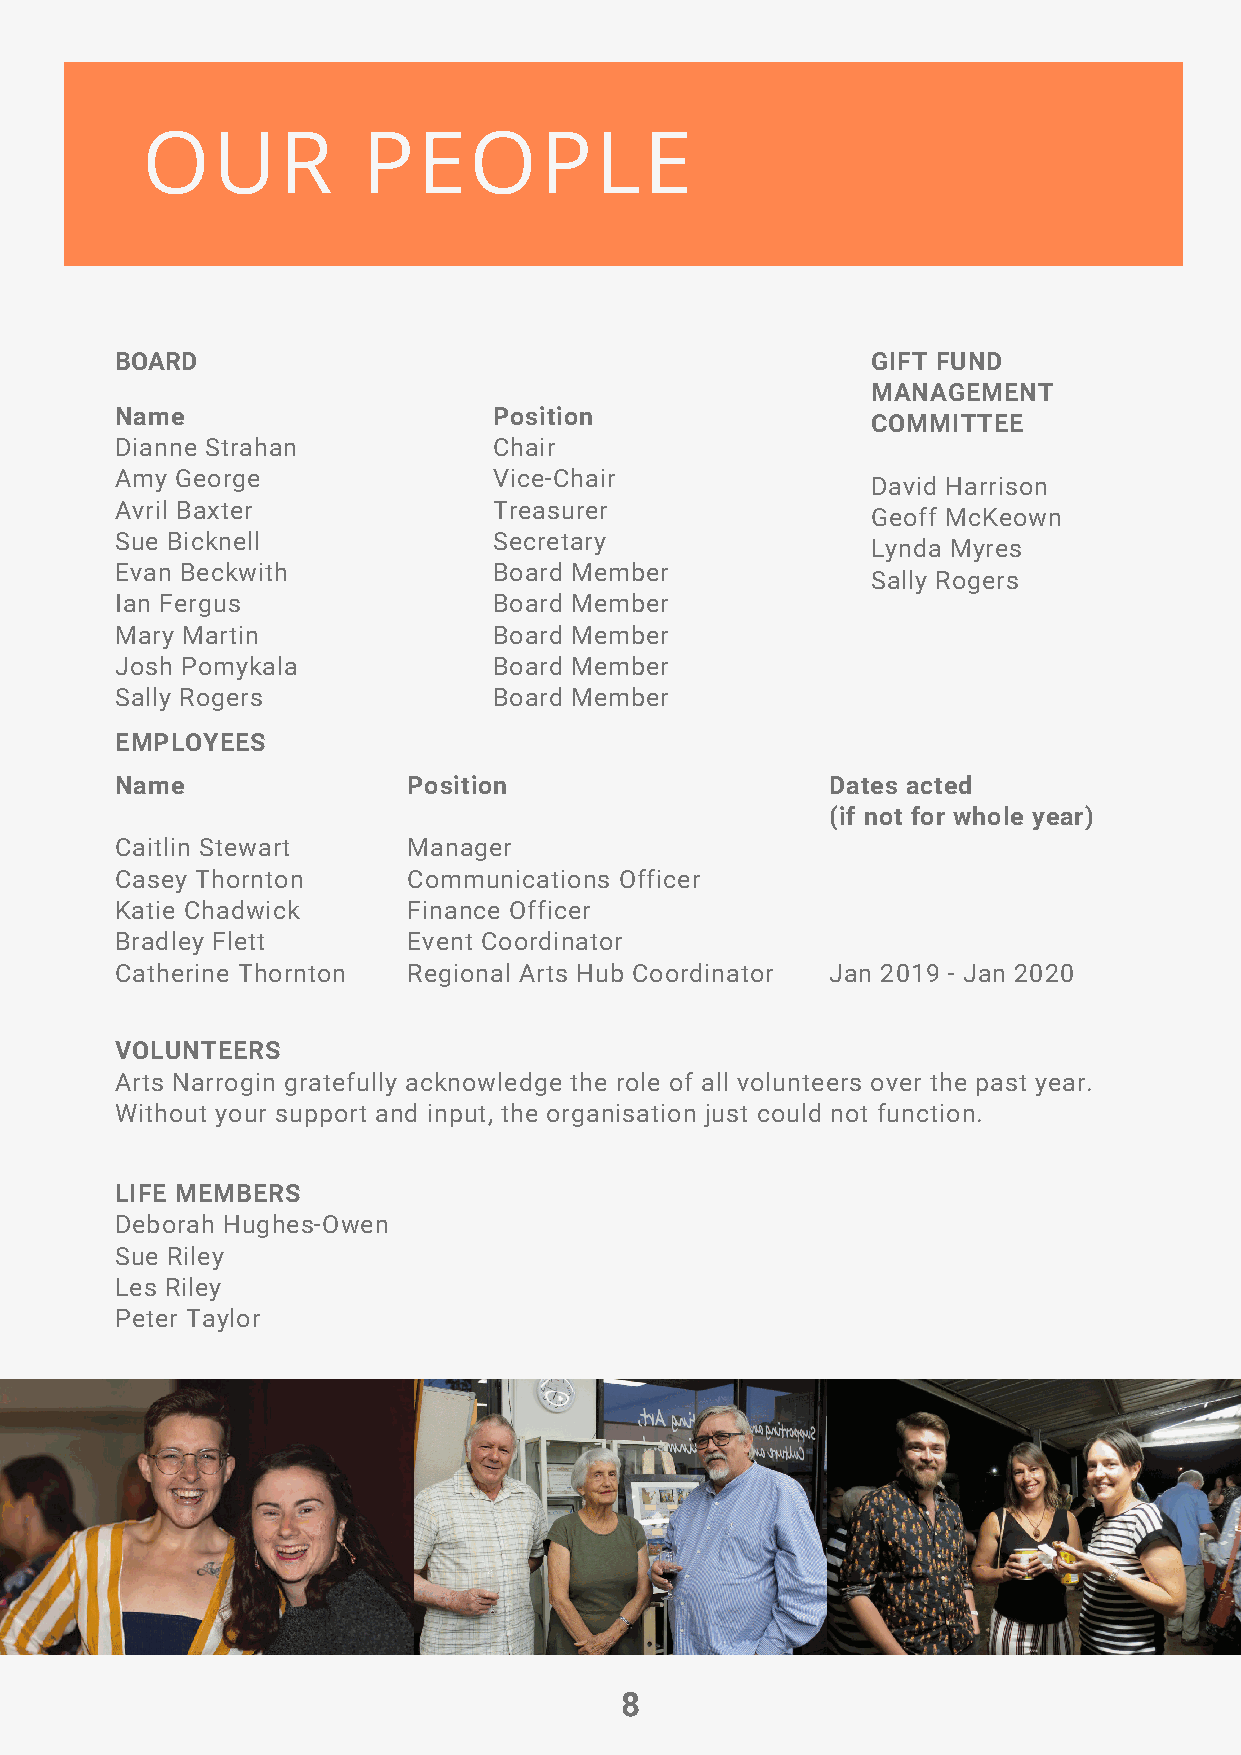
OUR            PEOPLE
 BOARD                                             GIFT FUND
 MANAGEMENT
 Name                     Position
 COMMITTEE
 Dianne Strahan           Chair
 Amy George               Vice-Chair
 David Harrison
 Avril Baxter             Treasurer
 Geoff McKeown
 Sue Bicknell             Secretary
 Lynda Myres
 Evan Beckwith            Board Member
 Sally Rogers
 Ian Fergus               Board Member
 Mary Martin              Board Member
 Josh Pomykala            Board Member
 Sally Rogers             Board Member
 EMPLOYEES
 Name               Position                    Dates acted
 (if not for whole year)
 Caitlin Stewart    Manager
 Casey Thornton     Communications Officer
 Katie Chadwick     Finance Officer
 Bradley Flett      Event Coordinator
 Catherine Thornton Regional Arts Hub Coordinator Jan 2019 - Jan 2020
 VOLUNTEERS
 Arts Narrogin gratefully acknowledge the role of all volunteers over the past year.
 Without your support and input, the organisation just could not function.
 LIFE MEMBERS
 Deborah Hughes-Owen
 Sue Riley
 Les Riley
 Peter Taylor
 8